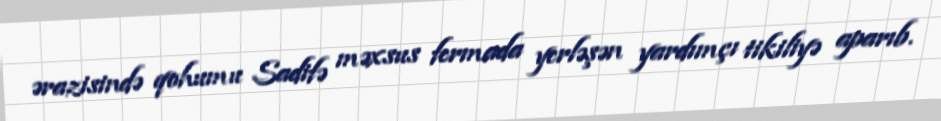
ərazisində qohumu Sadifə məxsus fermada yerləşən yardımçı tikiliyə aparıb.